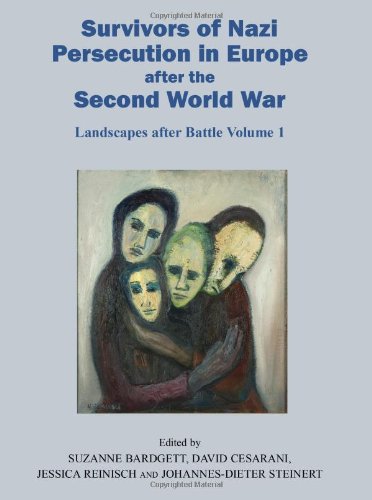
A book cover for Survivors of Nazi Persecution in Europe after the Second World War: Landscapes after Battle, Volume 1; Politics & Social Sciences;